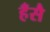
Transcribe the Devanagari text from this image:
हँसै